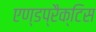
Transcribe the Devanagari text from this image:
एण्डप्रैक्टिस